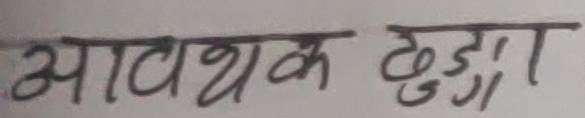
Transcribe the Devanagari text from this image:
आवश्यक टुङ्गा